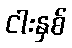
ငါးနှစ်